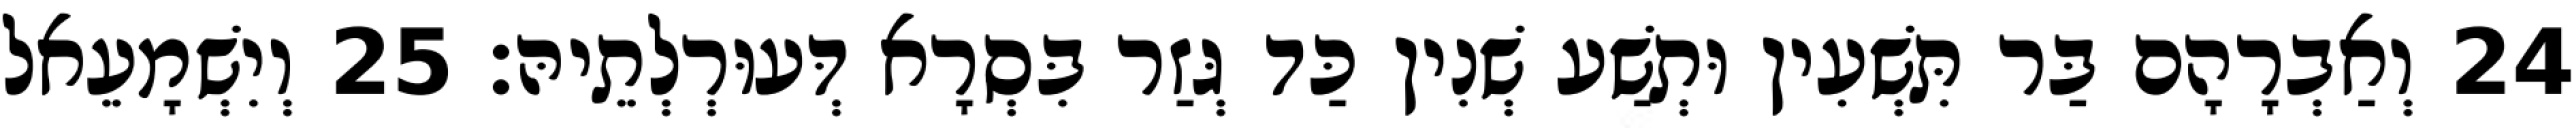
24 וְאַבְרָהָם בַּר תִּשְׁעִין וּתְשַׁע שְׁנִין כַּד גְּזַר בִּסְרָא דְּעוּרְלְתֵיהּ׃ 25 וְיִשְׁמָעֵאל